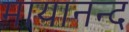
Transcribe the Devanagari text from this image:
मायानन्द